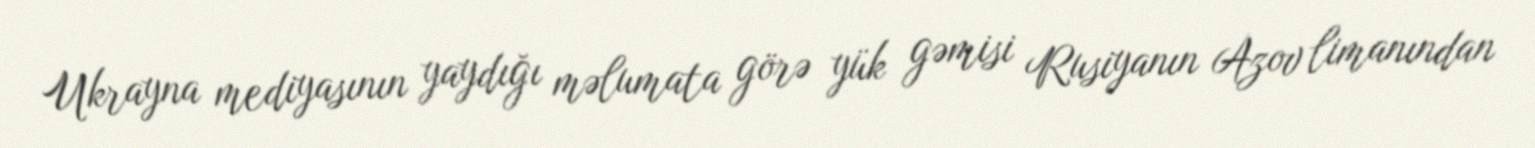
Ukrayna mediyasının yaydığı məlumata görə yük gəmisi Rusiyanın Azov limanından